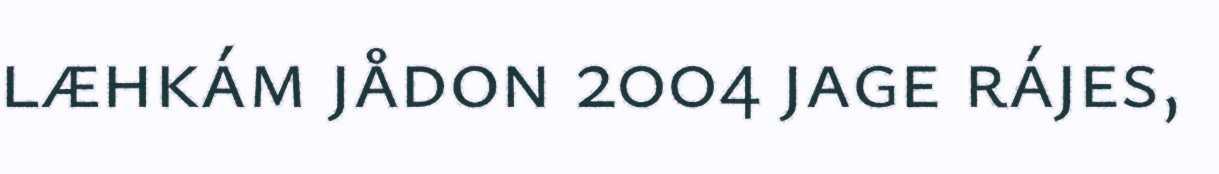
læhkám jådon 2004 jage rájes,